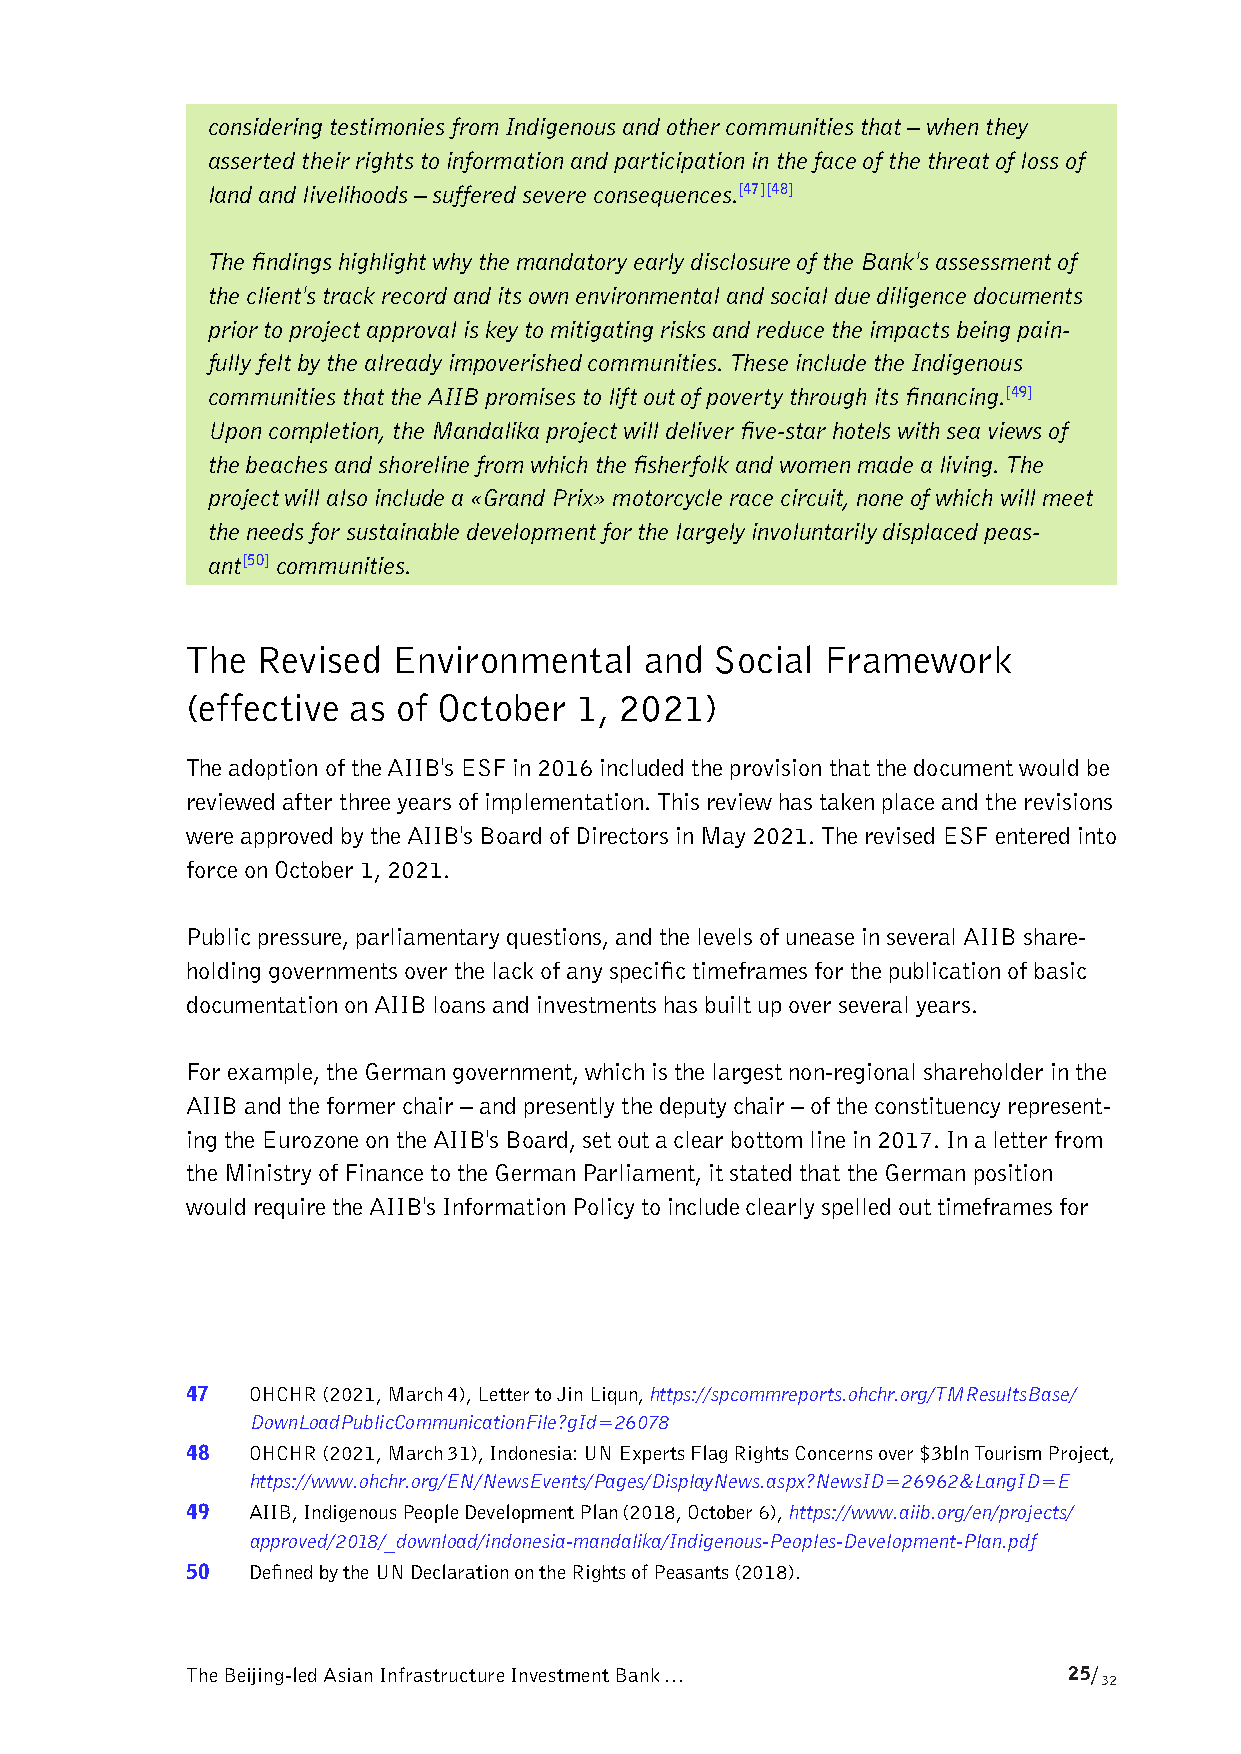
considering testimonies from Indigenous and other communities that – when they
 asserted their rights to information and participation in the face of the threat of loss of
 land and livelihoods – suffered severe consequences.[47][48]
 The findings highlight why the mandatory early disclosure of the Bank's assessment of
 the client's track record and its own environmental and social due diligence documents
 prior to project approval is key to mitigating risks and reduce the impacts being pain-
 fully felt by the already impoverished communities. These include the Indigenous
 communities that the AIIB promises to lift out of poverty through its financing.[49]
 Upon completion, the Mandalika project will deliver five-star hotels with sea views of
 the beaches and shoreline from which the fisherfolk and women made a living. The
 project will also include a «Grand Prix» motorcycle race circuit, none of which will meet
 the needs for sustainable development for the largely involuntarily displaced peas-
 ant[50] communities.
 The  Revised  Environmental    and Social  Framework
 (effective as of October  1, 2021)
 The adoption of the AIIB's ESF in 2016 included the provision that the document would be
 reviewed after three years of implementation. This review has taken place and the revisions
 were approved by the AIIB's Board of Directors in May 2021. The revised ESF entered into
 force on October 1, 2021.
 Public pressure, parliamentary questions, and the levels of unease in several AIIB share-
 holding governments over the lack of any specific timeframes for the publication of basic
 documentation on AIIB loans and investments has built up over several years.
 For example, the German government, which is the largest non-regional shareholder in the
 AIIB and the former chair – and presently the deputy chair – of the constituency represent-
 ing the Eurozone on the AIIB's Board, set out a clear bottom line in 2017. In a letter from
 the Ministry of Finance to the German Parliament, it stated that the German position
 would require the AIIB's Information Policy to include clearly spelled out timeframes for
 47  OHCHR (2021, March 4), Letter to Jin Liqun, https://spcommreports.ohchr.org/TMResultsBase/
 DownLoadPublicCommunicationFile?gId=26078
 48  OHCHR (2021, March 31), Indonesia: UN Experts Flag Rights Concerns over $3bln Tourism Project,
 https://www.ohchr.org/EN/NewsEvents/Pages/DisplayNews.aspx?NewsID=26962&LangID=E
 49  AIIB, Indigenous People Development Plan (2018, October 6), https://www.aiib.org/en/projects/
 approved/2018/_download/indonesia-mandalika/Indigenous-Peoples-Development-Plan.pdf
 50  Defined by the UN Declaration on the Rights of Peasants (2018).
 The Beijing-led Asian Infrastructure Investment Bank …     25/
 32